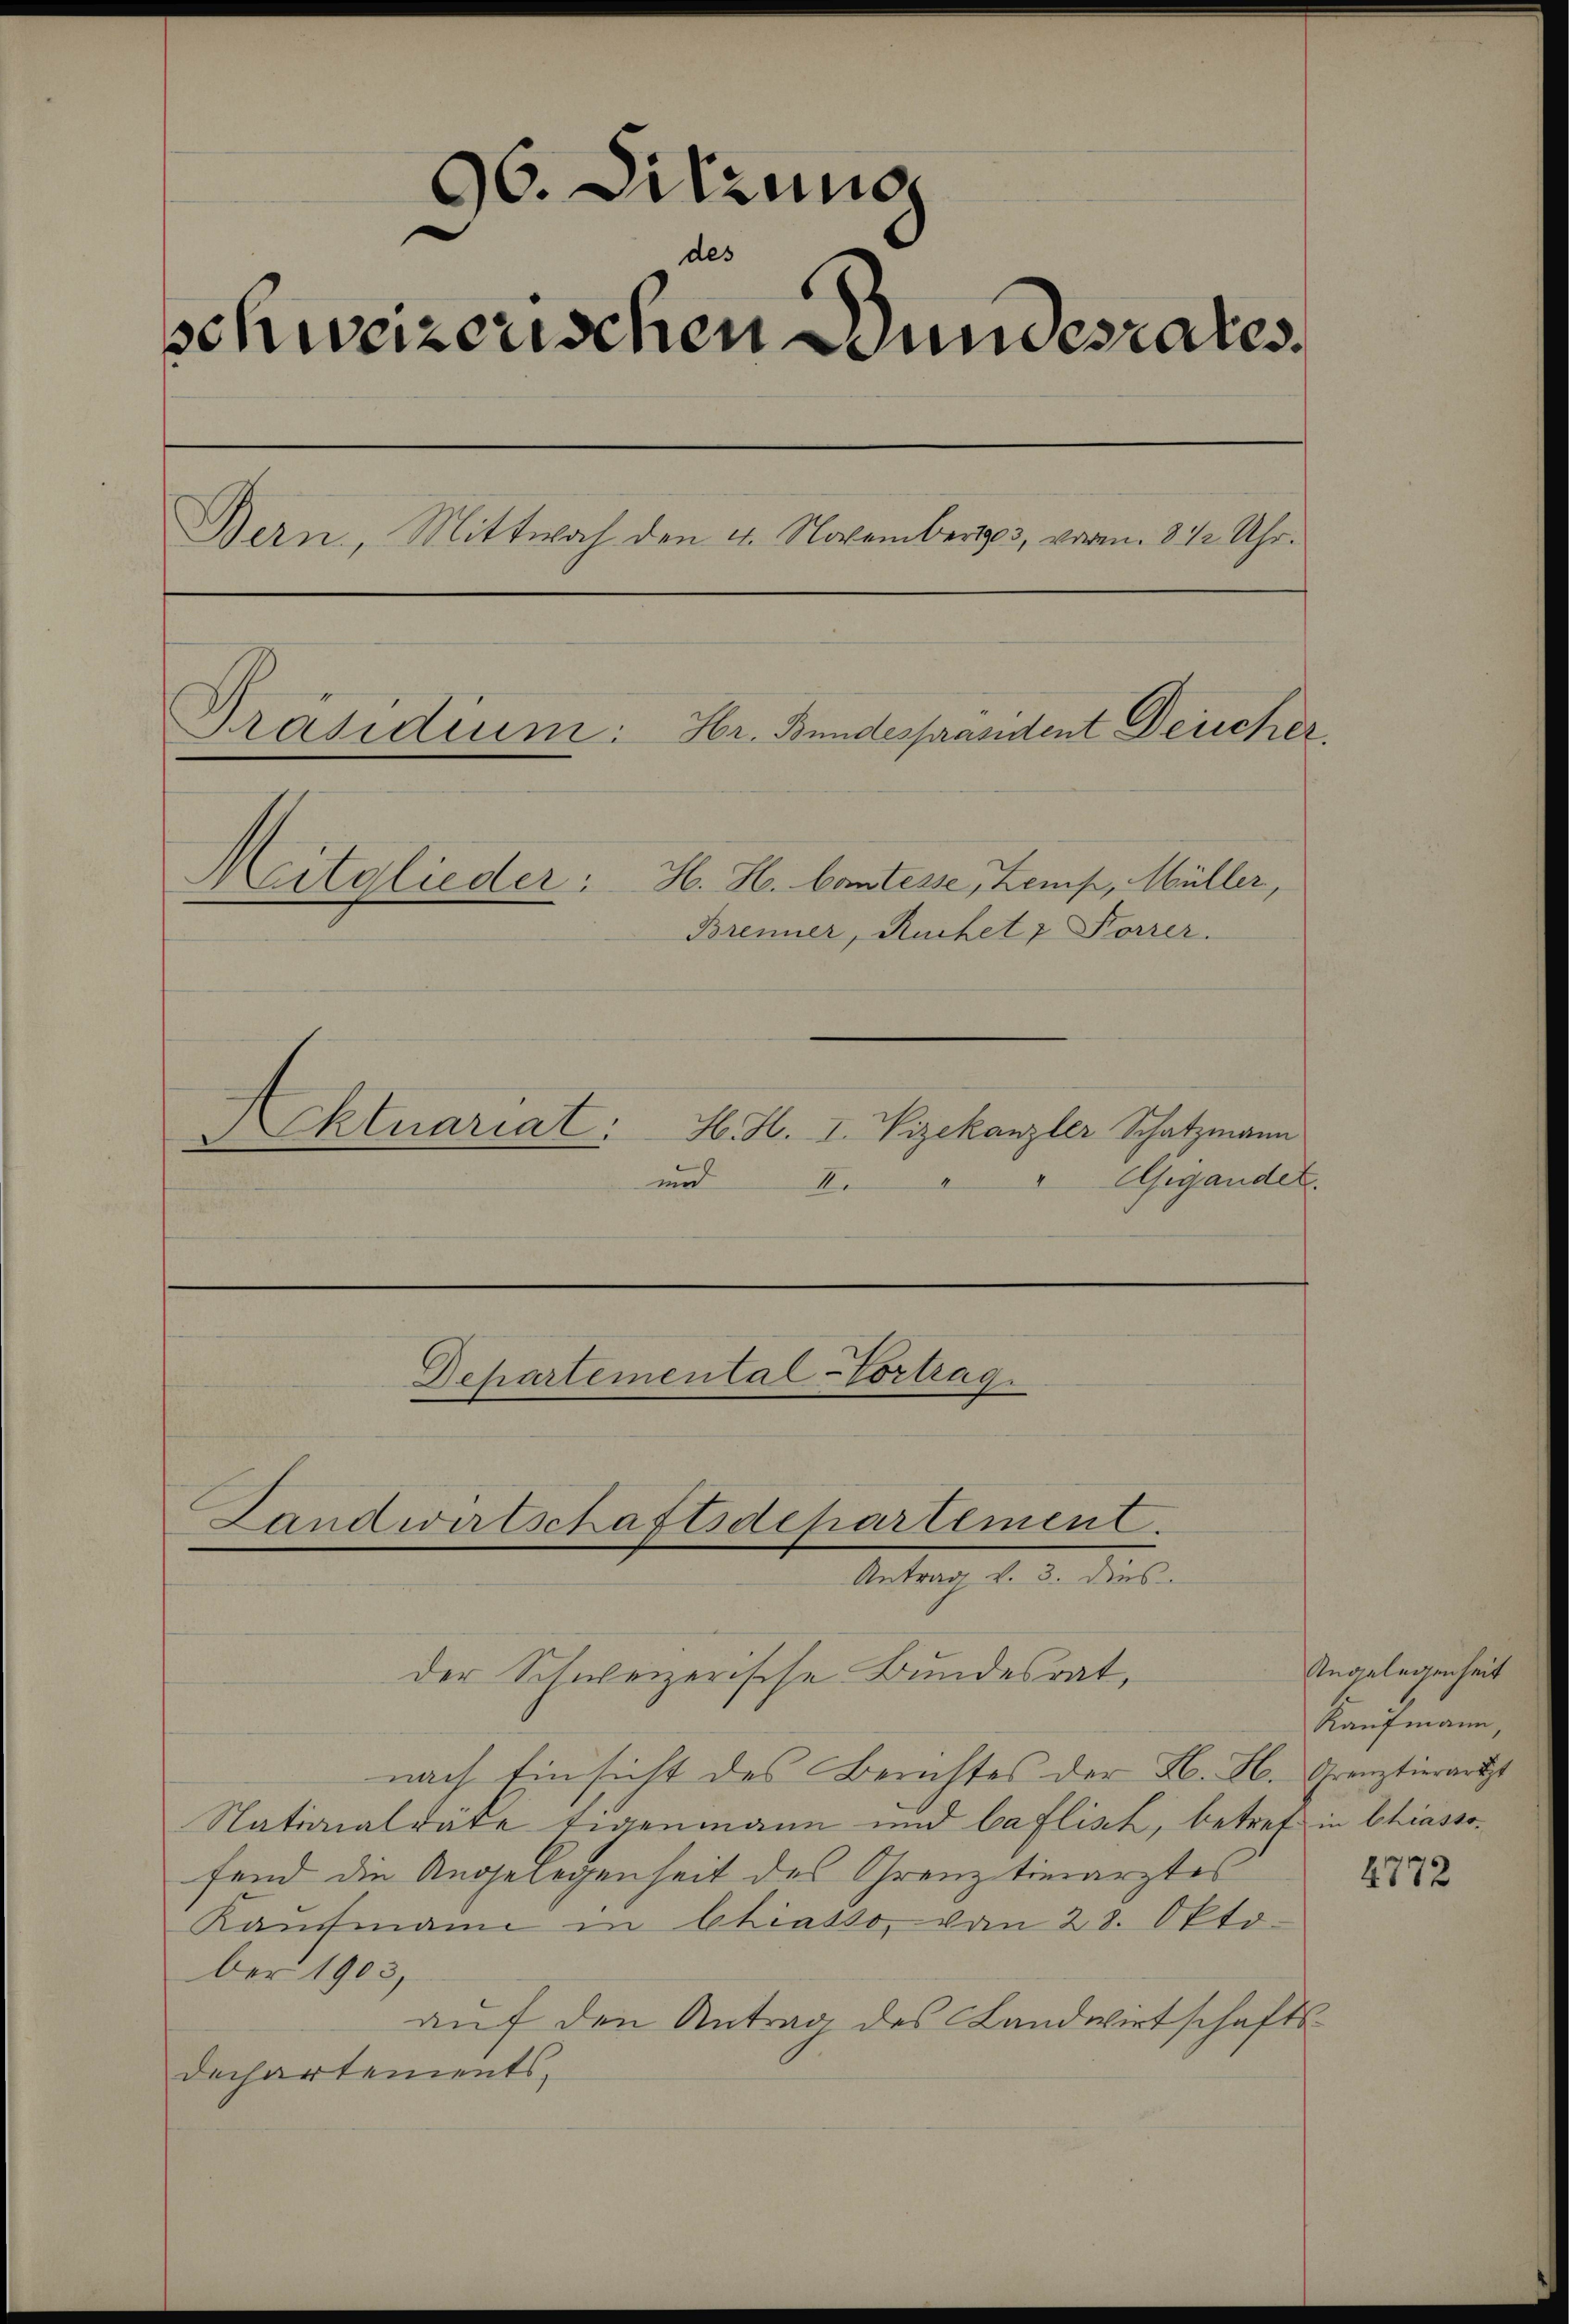
96. Sitzung
des
schweizerischen Bundesrates.
Bern, Mittwoch den 4. Novemberg, vor. 812 Uhr.
Präsidium: Hr. Bundespräsitent Deiicher,
H. H. Comtesse, Kemp, Müller,
Mitglieder:
Brenner, Ruchet & Forrer.

Aktuariat:

H. H. I. Vizekanzler Schatzmann
Gegandel.
und
2
I.

der Schweizerische Bundesrat,
nach Einsicht des Berichtes der Lb. H. Grenztierartzt
Nationalräte Eigenmann und baflisch, betref in Chiassofend die Angelegenheit des Grenztiearztes
Kaufmann in Chiasso, vom 28. Oktober 1903,
auf den Antrag des Landwirtschafts
Dechartements,

Departemental-Vortrag.

Landwirtschaftsdepartement.
Antrag d. d. der

Angelegenheit
Kaufmann,

2

4772